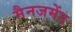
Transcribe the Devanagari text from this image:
मैनजमेंट